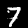
Label: 7